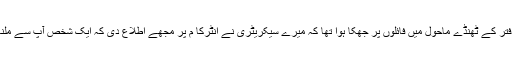
میں اپنے دفتر کے ٹھنڈے ماحول میں فائلوں پر جھکا ہوا تھا کہ میرے سیکریٹری نے انٹرکا م پر مجھے اطلاع دی کہ ایک شخص آپ سے ملنا چاہتا ہے۔